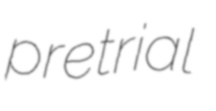
pretrial